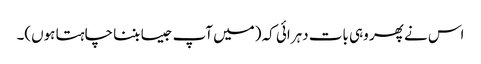
اس نے پھر وہی بات دہرائی کہ (میں آپ جیسا بننا چاہتا ہوں)۔